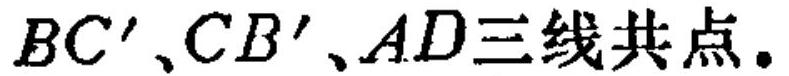
$BC'、CB'、AD三线共点.$